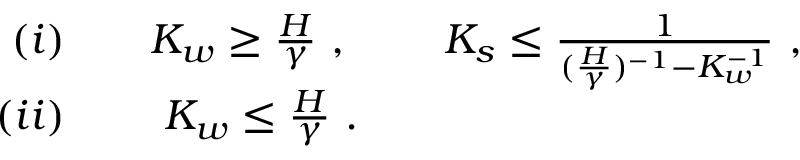
\begin{array} { r l r l r } { ( i ) } & { { } } & { K _ { w } \ge \frac { H } { \gamma } ~ , ~ } & { { } } & { K _ { s } \le \frac { 1 } { ( \frac { H } { \gamma } ) ^ { - 1 } - K _ { w } ^ { - 1 } } ~ , } \\ { ( i i ) } & { { } } & { K _ { w } \le \frac { H } { \gamma } ~ . } \end{array}